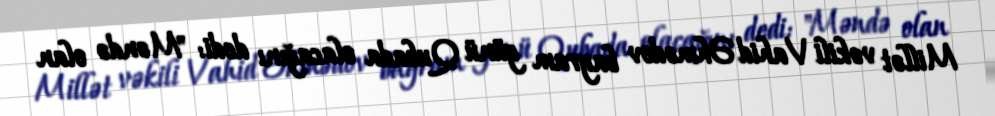
Millət vəkili Vahid Əhmədov bayram günü Qubada olacağını dedi: "Məndə olan